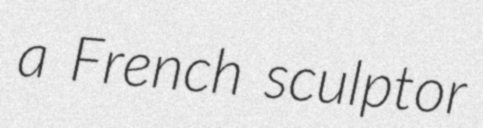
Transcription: a French sculptor